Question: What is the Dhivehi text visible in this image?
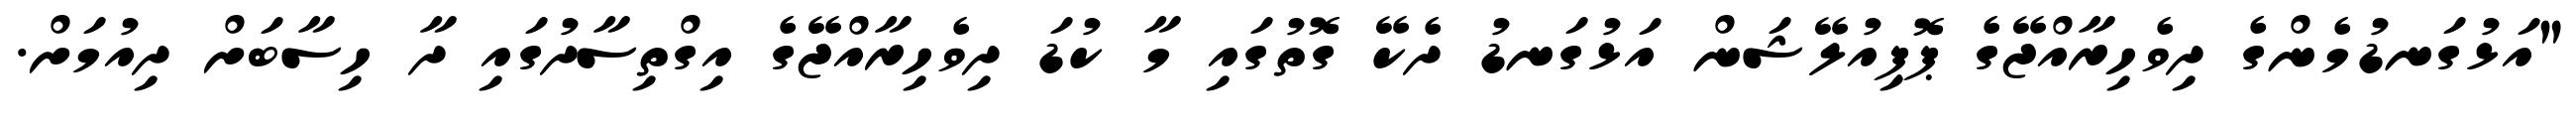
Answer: "އަޅުގަނޑުމެންގެ ދިވެހިރާއްޖޭގެ ޕޮޕިއުލޭޝަން އަޅުގަނޑު ދެކޭ ގޮތުގައި މާ ކުޑަ ދިވެހިރާއްޖޭގެ އިގްތިސާދުގައި ދާ ހިސާބަށް ދިއުމަށް.